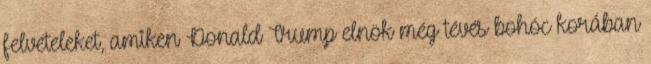
felvételeket, amiken Donald Trump elnök még tévés bohóc korában